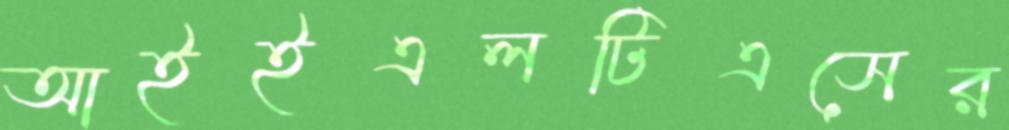
আইইএলটিএসের